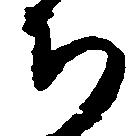
ち